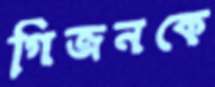
গিজনকে